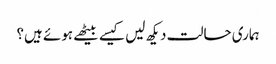
ہماری حالت دیکھ لیں کیسے بیٹھے ہوئے ہیں؟